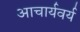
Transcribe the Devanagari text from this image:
आचार्यवर्य